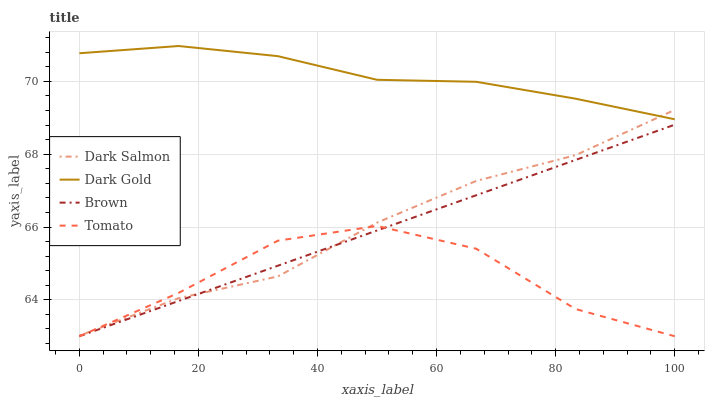
| xaxis_label | Dark Salmon | Dark Gold | Brown | Tomato |
 | --- | --- | --- | --- | --- |
 | 0 | 63 | 70.8 | 63 | 63 |
 | 16.7 | 64 | 71 | 64 | 64.2 |
 | 33.3 | 64.6 | 70.7 | 64.9 | 65.6 |
 | 50 | 66.1 | 70 | 65.9 | 66 |
 | 66.7 | 67.3 | 70 | 66.9 | 65.4 |
 | 83.3 | 68 | 69.5 | 67.8 | 63.7 |
 | 100 | 69.2 | 69 | 68.8 | 63 |